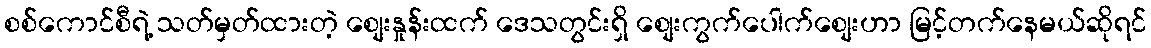
စစ်ကောင်စီရဲ့ သတ်မှတ်ထားတဲ့ စျေးနှုန်းထက် ဒေသတွင်းရှိ စျေးကွက်ပေါက်စျေးဟာ မြင့်တက်နေမယ်ဆိုရင်